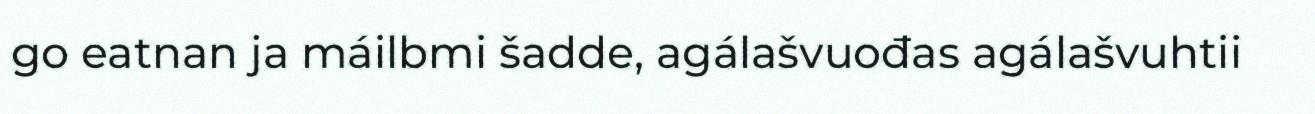
go eatnan ja máilbmi šadde, agálašvuođas agálašvuhtii